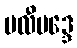
ဗလီဗဒ္ဒေ